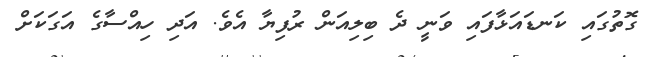
ގޮތުގައި ކަނޑައަޅާފައި ވަނީ ދެ ބިލިއަން ރުފިޔާ އެވެ. އަދި ހިއްސާގެ އަގަކަށް